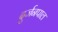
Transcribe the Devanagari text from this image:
दुर्जनपाल